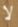
لا